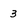
Character: 3